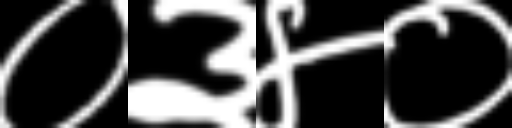
Text: ०३४०